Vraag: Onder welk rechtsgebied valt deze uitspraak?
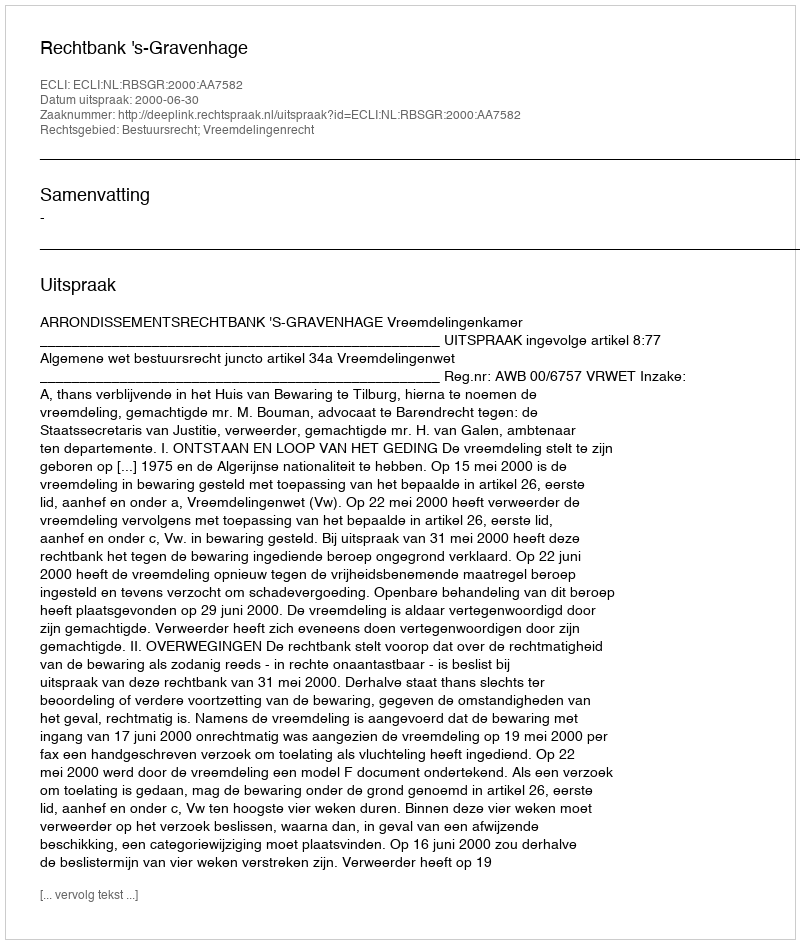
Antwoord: Bestuursrecht; Vreemdelingenrecht